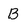
Character: B